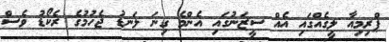
ޕްރިމިއާ ލީގެއްގައި އެއް ސީޒަނުގައި އެންމެ ގިނަ ލަނޑު ޖެހުމުގެ ރެކޯޑު ވެސް